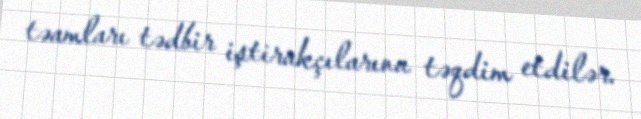
təamları tədbir iştirakçılarına təqdim etdilər.